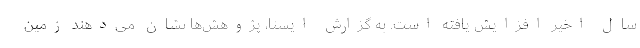
سال اخیر افزایش یافته است. به گزارش ایسنا، پژوهش‌ها نشان می‌دهند زمین